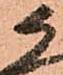
候